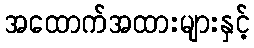
အထောက်အထားများနှင့်